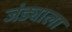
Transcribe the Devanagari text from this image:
जंड्याला